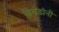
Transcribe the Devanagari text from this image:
ब्रिगेडांनी